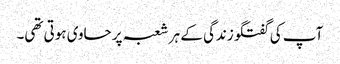
آپ کی گفتگو زندگی کے ہر شعبہ پر حاوی ہوتی تھی۔